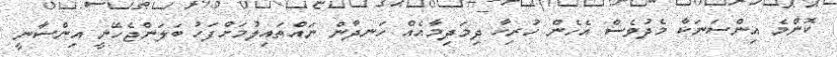
ކޮންމެ އިންސަނަކާ މެދުވެސް އެހެން ހުރިހާ ދިމަދިމާއެއް ހަނދާން ނައްތައިލުމަށްފަހު ބަލަންޖެހޭނީ އިންސާނީ